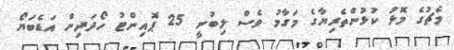
މެޗުގެ މޮޅު ކުޅުންތެރިޔާގެ މަގާމު ވެސް ލިބުނީ 25 ޕޮއިންޓު ހޯދަދިން އަޑެބަޔޯ